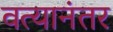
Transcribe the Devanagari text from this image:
वत्यानंतर